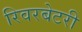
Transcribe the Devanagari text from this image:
रिवरबेटरी